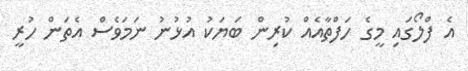
އެ ފްލޯގައި މީގެ ހަފްތާއެއް ކުރިން ބަޔަކު އުޅުނު ނަމަވެސް އެތަން ހުރީ